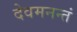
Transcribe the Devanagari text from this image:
देवमनन्तं